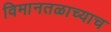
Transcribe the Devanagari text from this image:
विमानतळाच्याच